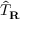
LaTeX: { \hat { T } } _ { \mathbf { R } }